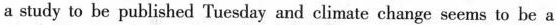
a study to be published Tuesday and climate change seems to be a